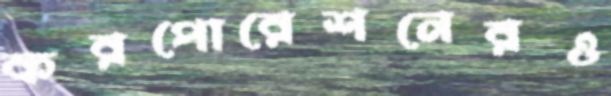
করপোরেশনেরও